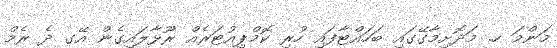
މަންމަ ހ. މަދޮށިމާގޭގައި ބަހައްޓާފައި ހުރި ކޮމްޕިއުޓަރެއް ރޫޅާލައިގެން އޭގ ދެ ރެމް